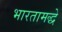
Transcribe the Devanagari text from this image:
भारतामद्धे